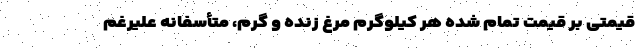
قیمتی بر قیمت تمام شده هر کیلوگرم مرغ زنده و گرم، متأسفانه علیرغم